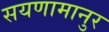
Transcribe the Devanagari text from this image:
सयणामानुर